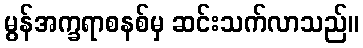
မွန်အက္ခရာစနစ်မှ ဆင်းသက်လာသည်။